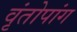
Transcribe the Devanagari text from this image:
वृंतोपांग